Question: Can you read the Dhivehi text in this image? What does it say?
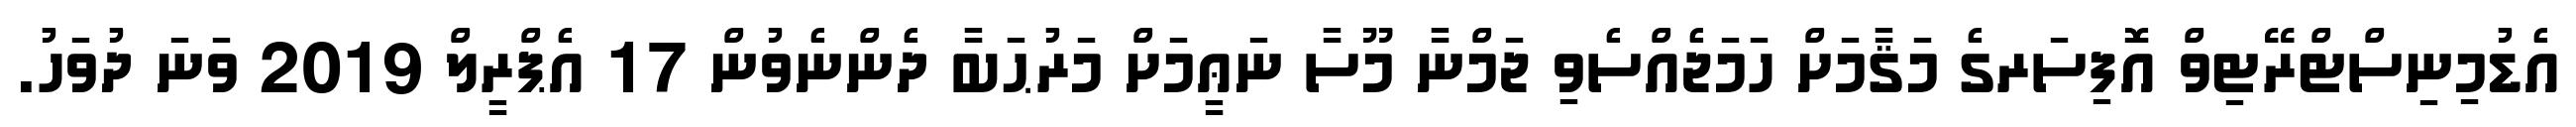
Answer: އެޑުމިނިސްޓްރޭޓިވް އޮފިސަރގެ މަޤާމަށް ހަމަޖެއްސެވި ޖަމްނާ މޫސާ ނަޢީމަށް މަރުޙަބާ ދެންނެވުން 17 އެޕްރީލް 2019 ވަނަ ދުވަހު.